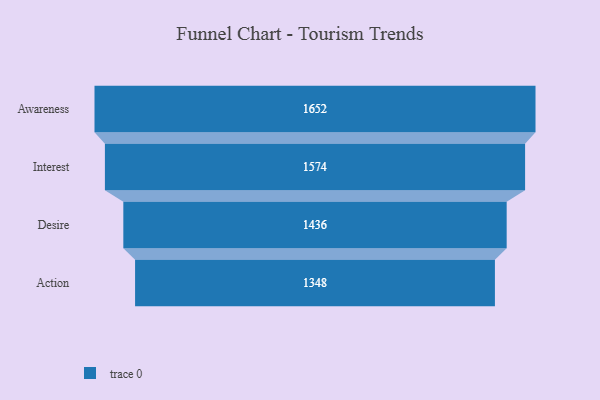
{"axis": {"x": "Stage", "y": "Value"}, "legend": [""], "data": [{"x": "Awareness", "y": 1652.0, "type": ""}, {"x": "Interest", "y": 1574.0, "type": ""}, {"x": "Desire", "y": 1436.0, "type": ""}, {"x": "Action", "y": 1348.0, "type": ""}]}